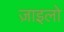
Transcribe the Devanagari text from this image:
ज़ाइलो